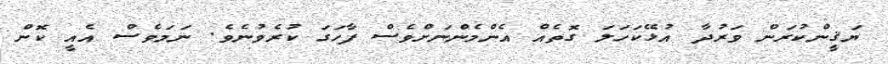
ޔަޤީންކުރަން ވަރުދާ އުޅޭކަހަލަ ގޮތެއް އެންމެންނަށްވެސް ފާހަގަ ކުރެވުނެވެ. ނަމަވެސް އެއީ ކޮން